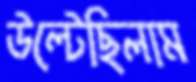
উল্‌টেছিলাম